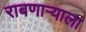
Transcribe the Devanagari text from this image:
राबणार्‍याला